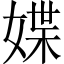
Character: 媟